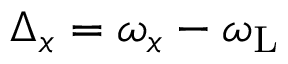
\Delta _ { x } = \omega _ { x } - \omega _ { \mathrm { L } }